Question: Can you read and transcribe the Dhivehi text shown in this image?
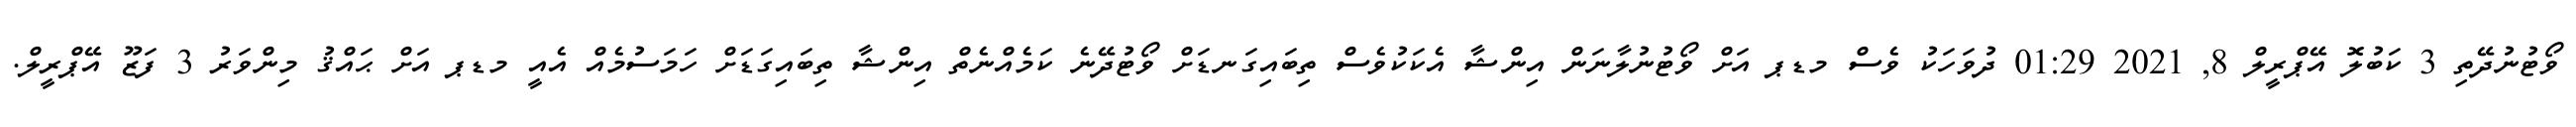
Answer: ވޯޓުނުދޭތި 3 ކަބުލޮ އޭޕްރީލް 8, 2021 01:29 ދުވަހަކު ވެސް މޑޕ އަށް ވޯޓުނުލާނަން އިންޝާ އެކަކުވެސް ތިބައިގަނޑަށް ވޯޓުދޭނެ ކަމެއްނެތް އިންޝާ ތިބައިގަޑަށް ހަމަސުމެއް އެއީ މޑޕ އަށް ޙައްޤު މިންވަރު 3 ފަޒޫ އޭޕްރީލް.